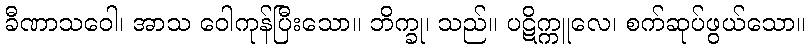
ခီဏာသဝေါ၊ အာသ ဝေါကုန်ပြီးသော။ ဘိက္ခု၊ သည်။ ပဋိက္ကူလေ၊ စက်ဆုပ်ဖွယ်သော။